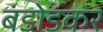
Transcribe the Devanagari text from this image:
बंडोडकर